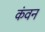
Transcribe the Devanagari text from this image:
कंवन